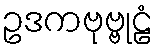
ဥဒကဗုဗ္ဗုဠံ